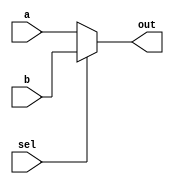
/*
 * Antonio Aguilar
 * Multiplexor 2 a 1 compartamental
*/

module mux2to1c(input a, b, sel, output reg out);
	always @(sel)
	begin
		out = sel ? b : a;
	end
	
//	always @(sel)
//	begin
//		if (sel == 0)
//		out = a;
//	else
//		out = b;
//	end
	
//	always @(sel)
//	begin
//		case(sel)
//			0: out = a;
//			1: out = b;
//		endcase
//	end
endmodule